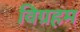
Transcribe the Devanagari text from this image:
विग्रहम